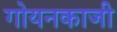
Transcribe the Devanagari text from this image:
गोयनकाजी